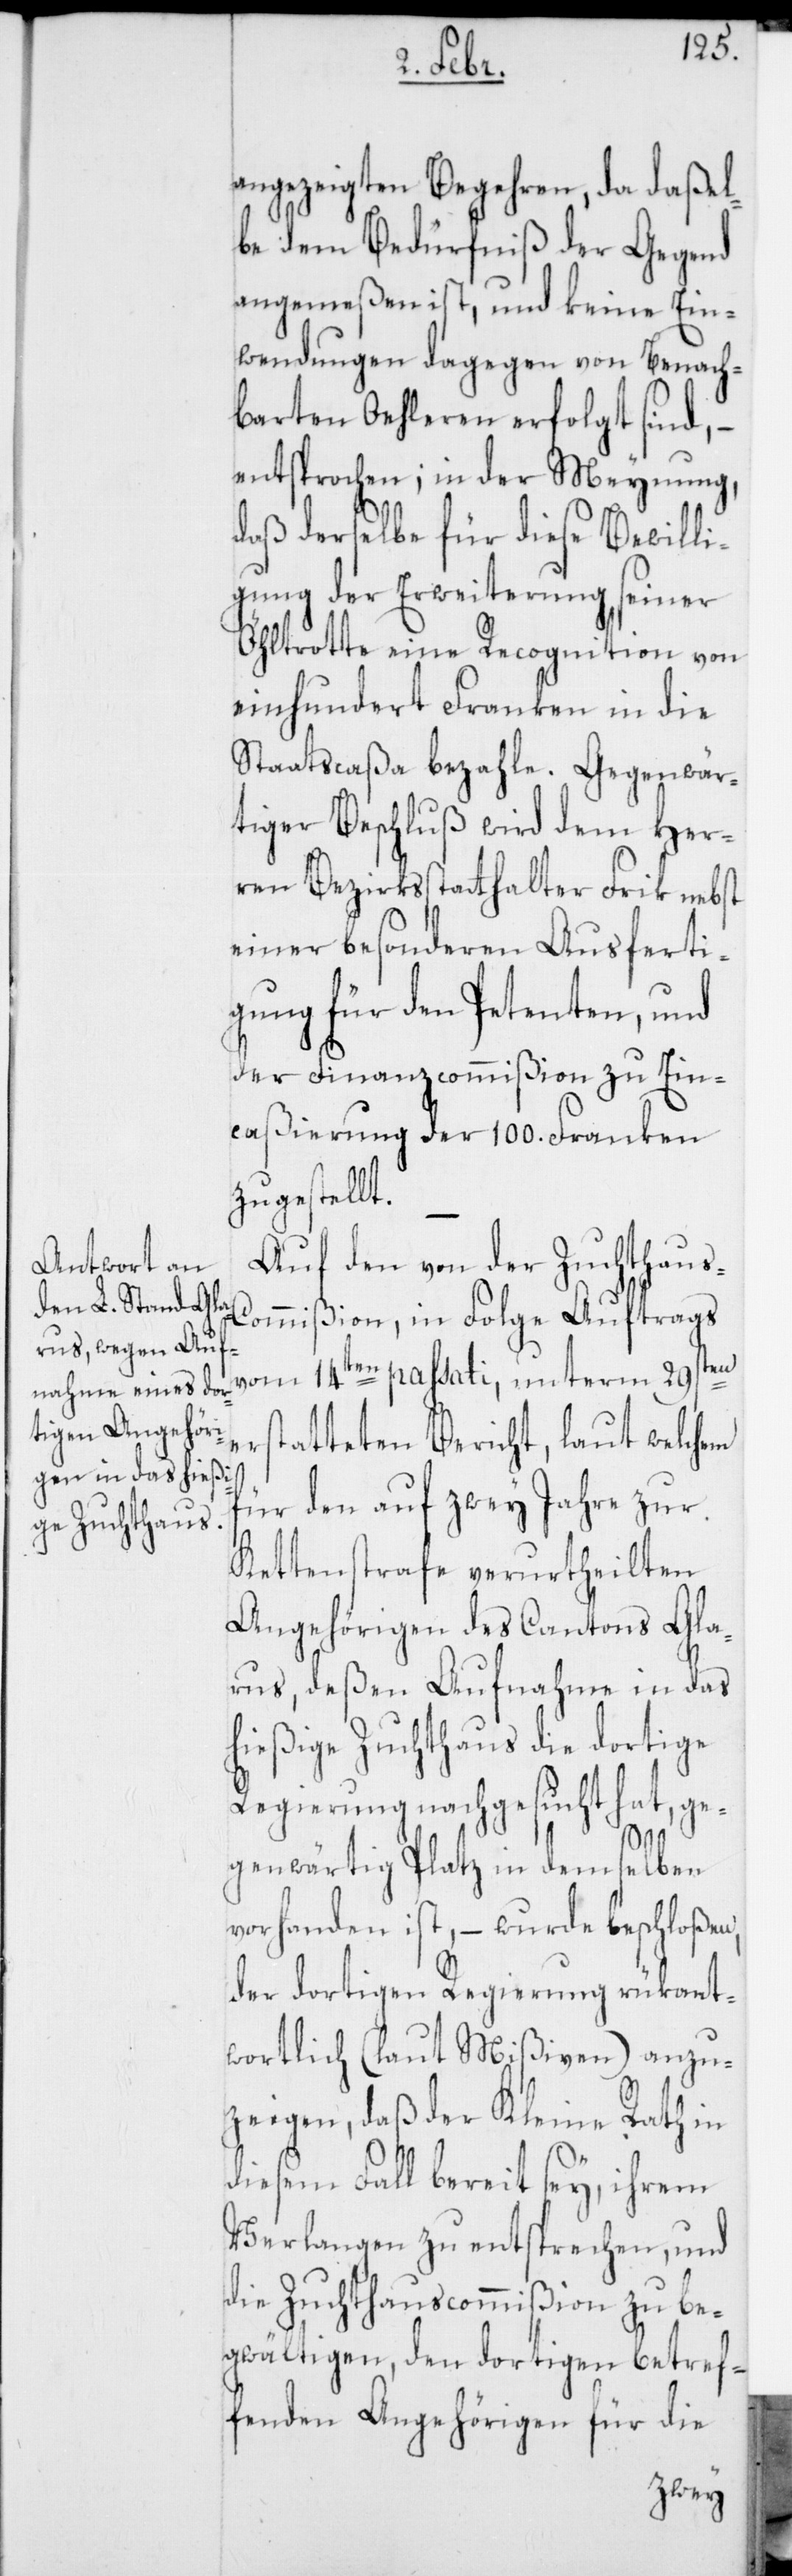
angezeigten Begehren, da daßel¬
be dem Bedürfnis der Gegend
angemeßen ist, und keine Ein¬
wendungen dagegen von benach¬
barten Oehleren erfolgt sind, –
entsprochen; in der Meynung,
daß derselbe für diese Bewilli¬
gung der Erweiterung seiner
Öhltrotte eine Recognition von
einhundert Franken in die
Staatscaßa bezahle. Gegenwär¬
tiger Beschluß wird dem Her¬
ren Bezirksstatthalter Frik, nebst
einer besonderen Ausferti¬
gung für den Petenten, und
der Finanzcommißion zu Ein¬
caßierung der 100. Franken
zugestellt.
Auf den von der Zuchthaus-C¬
ommißion in Folge Auftrags
e¬
vom 14ten passati, unterm 29sten
rstatteten Bericht, laut welchem
für den auf zwey Jahre zur
Kettenstrafe verurtheilten
Angehörigen des Cantons Gla¬
rus, deßen Aufnahme in das
hießige Zuchthaus die dortige
Regierung nachgesucht hat, ge¬
genwärtig Platz in demselben
vorhanden ist, – wurde beschloßen,
der dortigen Regierung rükant¬
wortlich (laut Mißiven) anzu¬
zeigen, daß der Kleine Rath in
diesem Fall bereit sey, ihrem
Verlangen zu entsprechen, und
die Zuchthauscommißion zu be¬
gwältigen, den dortigen betref¬
fenden Angehörigen für die